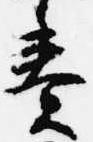
奏